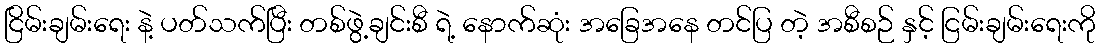
ငြိမ်းချမ်းရေး နဲ့ ပတ်သက်ပြီး တစ်ဖွဲ့ချင်းစီ ရဲ့ နောက်ဆုံး အခြေအနေ တင်ပြ တဲ့ အစီစဉ် နှင့် ငြမ်းချမ်းရေးကို